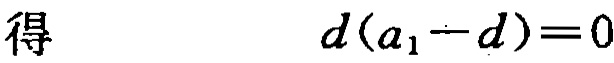
得 \[d(a_1 - d)=0\]